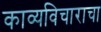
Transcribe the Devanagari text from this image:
काव्यविचाराचा